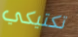
تكتيكي